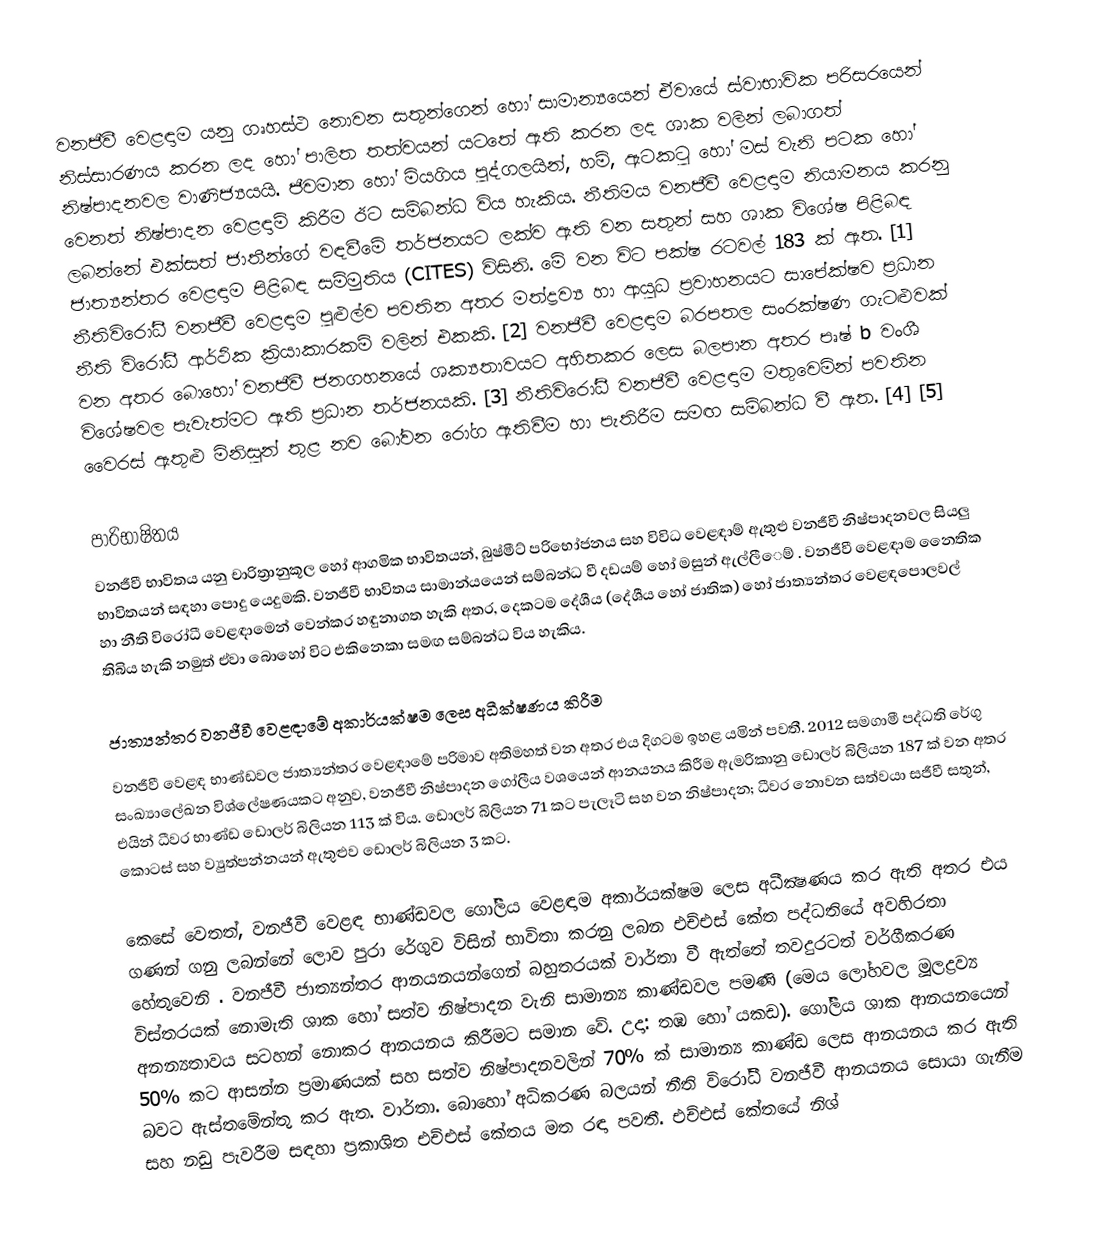
වනජීවී වෙළඳාම යනු ගෘහස්ථ නොවන සතුන්ගෙන් හෝ සාමාන්‍යයෙන් ඒවායේ ස්වාභාවික පරිසරයෙන් නිස්සාරණය කරන ලද හෝ පාලිත තත්වයන් යටතේ ඇති කරන ලද ශාක වලින් ලබාගත් නිෂ්පාදනවල වාණිජ්‍යයයි. ජීවමාන හෝ මියගිය පුද්ගලයින්, හම්, ඇටකටු හෝ මස් වැනි පටක හෝ වෙනත් නිෂ්පාදන වෙළඳාම් කිරීම ඊට සම්බන්ධ විය හැකිය. නීතිමය වනජීවී වෙළඳාම නියාමනය කරනු ලබන්නේ එක්සත් ජාතීන්ගේ වඳවීමේ තර්ජනයට ලක්ව ඇති වන සතුන් සහ ශාක විශේෂ පිළිබඳ ජාත්‍යන්තර වෙළඳාම පිළිබඳ සම්මුතිය (CITES) විසිනි. මේ වන විට පක්ෂ රටවල් 183 ක් ඇත. [1] නීතිවිරෝධී වනජීවී වෙළඳාම පුළුල්ව පවතින අතර මත්ද්‍රව්‍ය හා ආයුධ ප්‍රවාහනයට සාපේක්ෂව ප්‍රධාන නීති විරෝධී ආර්ථික ක්‍රියාකාරකම් වලින් එකකි. [2] වනජීවී වෙළඳාම බරපතල සංරක්ෂණ ගැටළුවක් වන අතර බොහෝ වනජීවී ජනගහනයේ ශක්‍යතාවයට අහිතකර ලෙස බලපාන අතර පෘෂ් b වංශී විශේෂවල පැවැත්මට ඇති ප්‍රධාන තර්ජනයකි. [3] නීතිවිරෝධී වනජීවී වෙළඳාම මතුවෙමින් පවතින වෛරස් ඇතුළු මිනිසුන් තුළ නව බෝවන රෝග ඇතිවීම හා පැතිරීම සමඟ සම්බන්ධ වී ඇත. [4] [5]

පාරිභාෂිතය
වනජීවී භාවිතය යනු චාරිත්‍රානුකූල හෝ ආගමික භාවිතයන්, බුෂ්මීට් පරිභෝජනය සහ විවිධ වෙළඳාම් ඇතුළු වනජීවී නිෂ්පාදනවල සියලු භාවිතයන් සඳහා පොදු යෙදුමකි. වනජීවී භාවිතය සාමාන්යයෙන් සම්බන්ධ වී දඩයම් හෝ මසුන් ඇල්ලීෙම් . වනජීවී වෙළඳාම නෛතික හා නීති විරෝධී වෙළඳාමෙන් වෙන්කර හඳුනාගත හැකි අතර, දෙකටම දේශීය (දේශීය හෝ ජාතික) හෝ ජාත්‍යන්තර වෙළඳපොලවල් තිබිය හැකි නමුත් ඒවා බොහෝ විට එකිනෙකා සමඟ සම්බන්ධ විය හැකිය.

ජාත්‍යන්තර වනජීවී වෙළඳාමේ අකාර්යක්ෂම ලෙස අධීක්ෂණය කිරීම
වනජීවී වෙළඳ භාණ්ඩවල ජාත්‍යන්තර වෙළඳාමේ පරිමාව අතිමහත් වන අතර එය දිගටම ඉහළ යමින් පවතී. 2012 සමගාමී පද්ධති රේගු සංඛ්‍යාලේඛන විශ්ලේෂණයකට අනුව, වනජීවී නිෂ්පාදන ගෝලීය වශයෙන් ආනයනය කිරීම ඇමරිකානු ඩොලර් බිලියන 187 ක් වන අතර එයින් ධීවර භාණ්ඩ ඩොලර් බිලියන 113 ක් විය. ඩොලර් බිලියන 71 කට පැලෑටි සහ වන නිෂ්පාදන; ධීවර නොවන සත්වයා සජීවී සතුන්, කොටස් සහ ව්‍යුත්පන්නයන් ඇතුළුව ඩොලර් බිලියන 3 කට.

කෙසේ වෙතත්, වනජීවී වෙළඳ භාණ්ඩවල ගෝලීය වෙළඳාම අකාර්යක්ෂම ලෙස අධීක්‍ෂණය කර ඇති අතර එය ගණන් ගනු ලබන්නේ ලොව පුරා රේගුව විසින් භාවිතා කරනු ලබන එච්එස් කේත පද්ධතියේ අවහිරතා හේතුවෙනි . වනජීවී ජාත්‍යන්තර ආනයනයන්ගෙන් බහුතරයක් වාර්තා වී ඇත්තේ තවදුරටත් වර්ගීකරණ විස්තරයක් නොමැති ශාක හෝ සත්ව නිෂ්පාදන වැනි සාමාන්‍ය කාණ්ඩවල පමණි (මෙය ලෝහවල මූලද්‍රව්‍ය අනන්‍යතාවය සටහන් නොකර ආනයනය කිරීමට සමාන වේ. උදා: තඹ හෝ යකඩ). ගෝලීය ශාක ආනයනයෙන් 50% කට ආසන්න ප්‍රමාණයක් සහ සත්ව නිෂ්පාදනවලින් 70% ක් සාමාන්‍ය කාණ්ඩ ලෙස ආනයනය කර ඇති බවට ඇස්තමේන්තු කර ඇත. වාර්තා.  බොහෝ අධිකරණ බලයන් නීති විරෝධී වනජීවී ආනයනය සොයා ගැනීම සහ නඩු පැවරීම සඳහා ප්‍රකාශිත එච්එස් කේතය මත රඳා පවතී. එච්එස් කේතයේ නිශ්